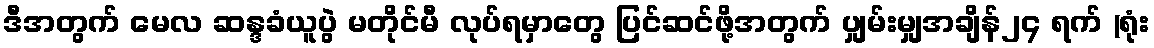
ဒီအတွက် မေလ ဆန္ဒခံယူပွဲ မတိုင်မီ လုပ်ရမှာတွေ ပြင်ဆင်ဖို့အတွက် ပျှမ်းမျှအချိန်၂၄ ရက် (ရုံး